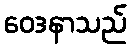
ဝေဒနာသည်